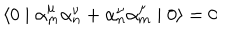
\langle 0 \mid { \alpha } _ { m } ^ { \mu } { \alpha } _ { n } ^ { \nu } + { \alpha } _ { n } ^ { \nu } { \alpha } _ { m } ^ { \mu } \mid 0 \rangle = 0